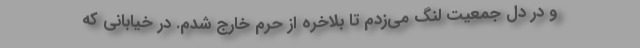
و در دل جمعیت لنگ می‌زدم تا بلاخره از حرم خارج شدم. در خیابانی که